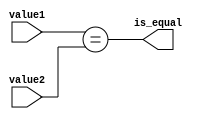
module cmprtr #(parameter BIT_LENGTH = 5) (
    input [BIT_LENGTH-1:0] value1, 
    input [BIT_LENGTH-1:0] value2, 
    output is_equal
); 

    assign is_equal = (value1 == value2);
endmodule